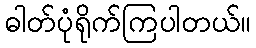
ဓါတ်ပုံရိုက်ကြပါတယ်။